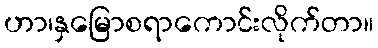
ဟာ၊နှမြောစရာကောင်းလိုက်တာ။